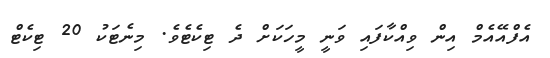
އެފްއޭއެމް އިން ވިއްކާފައި ވަނީ މީހަކަށް ދެ ޓިކެޓެވެ. މިނެޓަކު 20 ޓިކެޓް